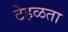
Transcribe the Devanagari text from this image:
टेहळता